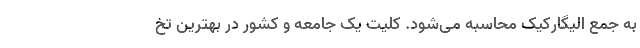
به جمع الیگارکیک محاسبه می­شود. کلیت یک جامعه و کشور در بهترین تخ